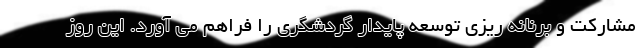
مشارکت و برنانه ریزی توسعه پایدار گردشگری را فراهم می آورد. این روز